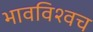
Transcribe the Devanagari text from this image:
भावविश्वच